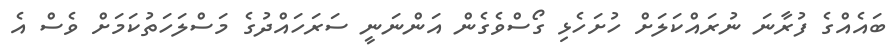
ބައެއްްގެ ފުރާނަ ނުރައްކަލަށް ހުށަހެޅި ގޯސްވެގެން އަންނަނީ ސަރަހައްދުގެ މަސްލަހަތުކަަމަށް ވެސް އެ